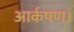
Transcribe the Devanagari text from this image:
आर्कषण।